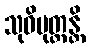
သုဝိမုတ္တန္တိ